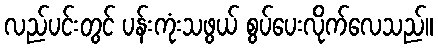
လည်ပင်းတွင် ပန်းကုံးသဖွယ် စွပ်ပေးလိုက်လေသည်။